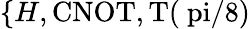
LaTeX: \{ H,\mathrm{{CNOT},T(\ pi/8)}